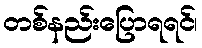
တစ်နည်းပြောရရင်၊